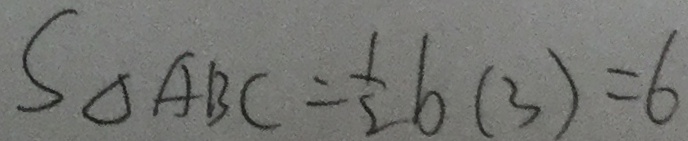
S _ { \Delta A B C } = \frac { 1 } { 2 } b ( 3 ) = 6